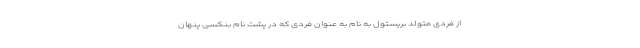
از فردی متولد بریستول به نام به عنوان فردی که در پشت نام بنکسی پنهان